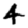
Digit: 4